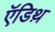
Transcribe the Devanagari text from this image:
ऍडिथ़